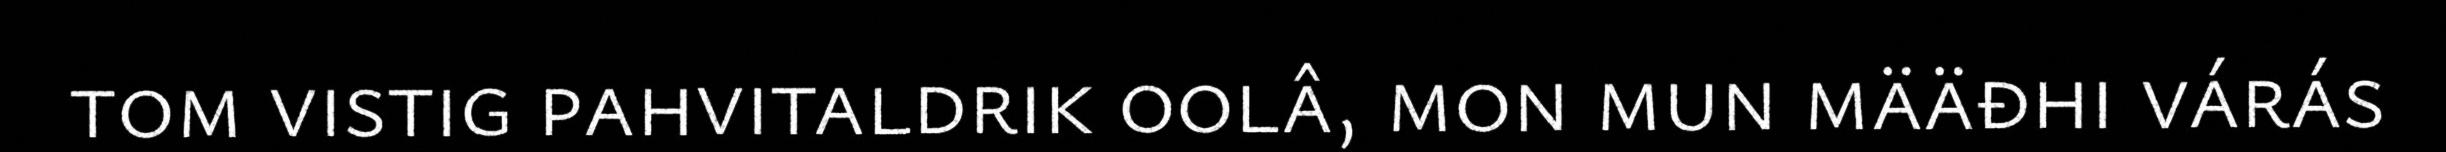
tom vistig pahvitaldrik oolâ, mon mun määđhi várás